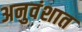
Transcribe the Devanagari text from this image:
अनुवंशात